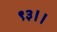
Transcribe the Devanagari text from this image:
९३।।